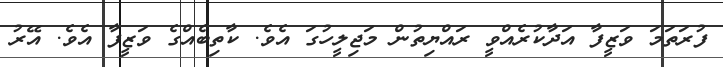
ފުރަތަމަ ވަޒީފާ އަދާކުރެއްވީ ރައްޔިތުން މަޖިލީހުގަ އެވެ. ކާތިބެއްގެ ވަޒީފާ އެވެ. އޭރު